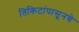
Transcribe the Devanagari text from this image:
तिकिटांपासूनचे